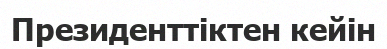
Президенттіктен кейін